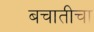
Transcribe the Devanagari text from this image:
बचातीचा